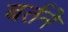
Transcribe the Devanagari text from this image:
बर्तने